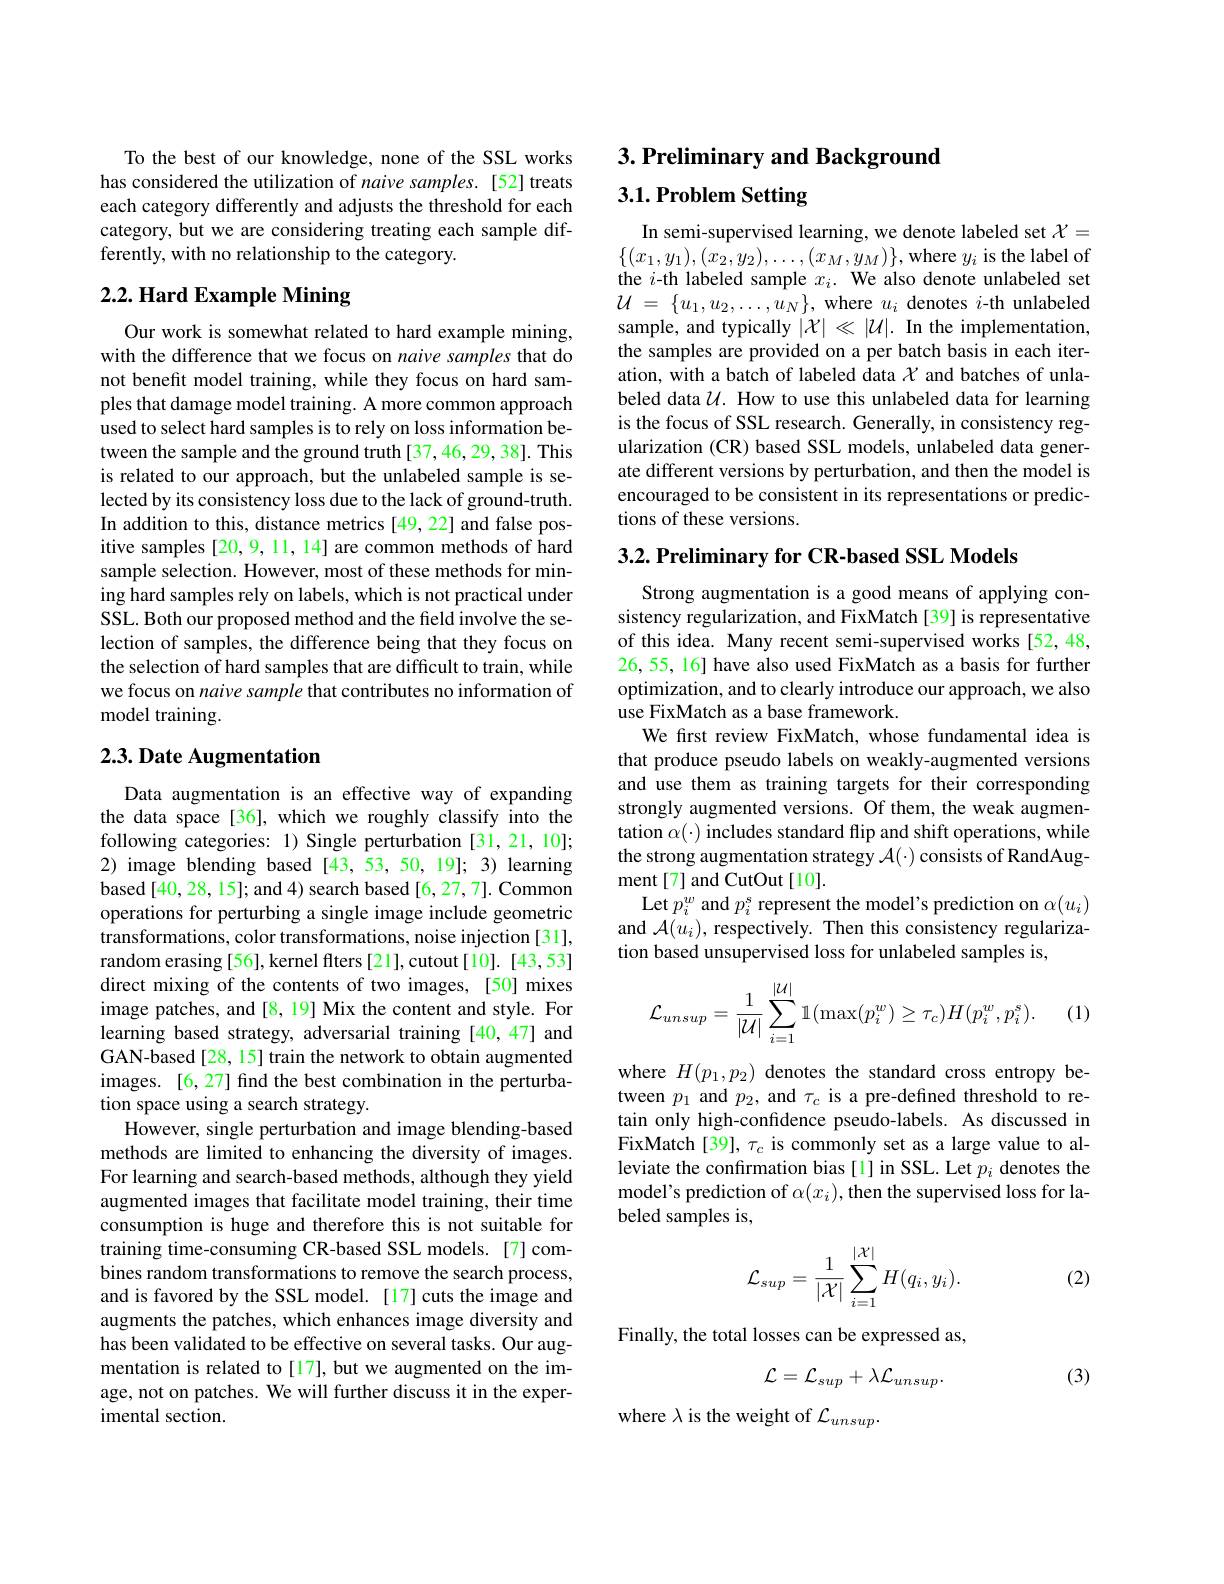
To the best of our knowledge, none of the SSL works has considered the utilization of naive samples. [52] treats each category differently and adjusts the threshold for each category, but we are considering treating each sample differently, with no relationship to the category.

## $2. 2. \textbf{ Hard Example Mining}$

Our work is somewhat related to hard example mining, with the difference that we focus on naive samples that do not benefit model training, while they focus on hard samples that damage model training. A more common approach used to select hard samples is to rely on loss information between the sample and the ground truth [37,46,29,38]. This is related to our approach, but the unlabeled sample is selected by its consistency loss due to the lack of ground-truth. In addition to this, distance metrics [49, 22] and false positive samples [20,9,11,14] are common methods of hard sample selection. However, most of these methods for mining hard samples rely on labels, which is not practical under SSL. Both our proposed method and the field involve the selection of samples, the difference being that they focus on the selection of hard samples that are difficult to train, while we focus on naive sample that contributes no information of model training.

## $2. 3. \textbf{Date Augmentation}$

Data augmentation is an effective way of expanding the data space [36], which we roughly classify into the following categories: 1) Single perturbation [31,21,10]; 2) image blending based [43,53,50,19]; 3) learning based [40, 28, 15]; and 4) search based [6, 27, 7]. Common operations for perturbing a single image include geometric transformations, color transformations, noise injection [31], random erasing [56], kernel flters [21], cutout[10]. [43,53] direct mixing of the contents of two images, [50] mixes image patches, and[8, 19] Mix the content and style. For learning based strategy, adversarial training [40,47] and GAN-based[28, 15] train the network to obtain augmented images. [6,27] find the best combination in the perturbation space using a search strategy.
However, single perturbation and image blending-based methods are limited to enhancing the diversity of images. For learning and search-based methods, although they yield augmented images that facilitate model training, their time consumption is huge and therefore this is not suitable for training time-consuming CR-based SSL models. [7] combines random transformations to remove the search process, and is favored by the SSL model. [17] cuts the image and augments the patches, which enhances image diversity and has been validated to be effective on several tasks. Our augmentation is related to[17], but we augmented on the image, not on patches. We will further discuss it in the experimental section.

$3. \textbf{ Preliminary and Background}$

3.1. Problem Setting

In semi-supervised learning, we denote labeled set $\mathcal{X}=$ $\{(x_{1},y_{1}),(x_{2},y_{2}),\ldots,(x_{M},y_{M})\}$,where $y_{i}$ is the label of the $i$-th labeled sample $x_i.$ We also denote unlabeled set $\mathcal{U}=\{u_{1},u_{2},\ldots,u_{N}\}$,where $u_i$ denotes $i$-th unlabeled sample, and typically $|\mathcal{X}|\ll|\mathcal{U}|.$ In the implementation, the samples are provided on a per batch basis in each iteration, with a batch of labeled data $\chi$ and batches of unlabeled data $\mathcal{U}.$ How to use this unlabeled data for learning is the focus of SSL research. Generally, in consistency regularization (CR) based SSL models, unlabeled data generate different versions by perturbation, and then the model is encouraged to be consistent in its representations or predictions of these versions.

$3. 2. \textbf{Preliminary for CR- based SSL Models}$

Strong augmentation is a good means of applying consistency regularization, and FixMatch [39] is representative of this idea. Many recent semi-supervised works [52,48, 26, 55, 16] have also used FixMatch as a basis for further optimization, and to clearly introduce our approach, we also use FixMatch as a base framework.
We first review FixMatch, whose fundamental idea is that produce pseudo labels on weakly-augmented versions and use them as training targets for their corresponding strongly augmented versions. Of them, the weak augmentation $\alpha(\cdot)$ includes standard flip and shift operations, while the strong augmentation strategy $\mathcal{A}(\cdot)$ consists of RandAugment[7] and CutOut[10].
Let $p_i^w$ and $p_i^s$ represent the model's prediction on $\alpha(u_i)$ and $\mathcal{A}(u_i)$, respectively. Then this consistency regularization based unsupervised loss for unlabeled samples is,
$$\mathcal{L}_{unsup}=\frac{1}{|\mathcal{U}|}\sum_{i=1}^{|\mathcal{U}|}\mathbb{1}(\max(p_i^w)\geq\tau_c)H(p_i^w,p_i^s).$$
(1)

where $H(p_1,p_2)$ denotes the standard cross entropy between $p_1$ and $p_2$, and $\tau_c$ is a pre-defined threshold to retain only high-confidence pseudo-labels. As discussed in FixMatch[39], $\tau_{c}$ is commonly set as a large value to alleviate the confirmation bias [1] in SSL. Let $p_i$ denotes the model's prediction of $\alpha(x_i)$,then the supervised loss for labeled samples is,
$$\mathcal{L}_{sup}=\dfrac{1}{|\mathcal{X}|}\sum_{i=1}^{|\mathcal{X}|}H(q_i,y_i).$$
(2)

Finally, the total losses can be expressed as,

(3)
$$\mathcal{L}=\mathcal{L}_{sup}+\lambda\mathcal{L}_{unsup}.$$
where $\lambda$ is the weight of $\mathcal{L}_unsup.$